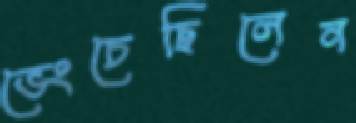
ভেংচেছিলেন